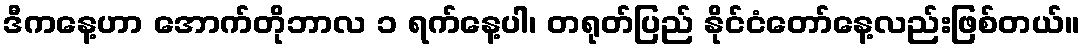
ဒီကနေ့ဟာ အောက်တိုဘာလ ၁ ရက်နေ့ပါ၊ တရုတ်ပြည် နိုင်ငံတော်နေ့လည်းဖြစ်တယ်။